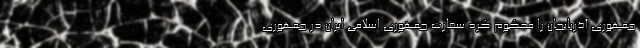
جمهوری آذربایجان را محکوم کرد سفارت جمهوری اسلامی ایران در جمهوری